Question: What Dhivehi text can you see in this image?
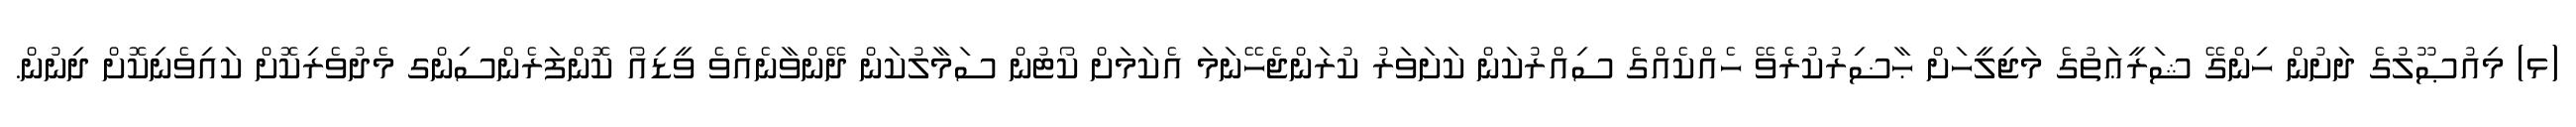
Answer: (ޅ) މިއުޞޫލުގެ ދަށުން ހިންގޭ ޝަރީޢަތުގެ މަޖިލީހަށް ޙާޟިރުކުރެވޭ ހެއްކެއްގެ ސިއްރުކަން ކަށަވަރު ކުރަންޖެހޭނަމަ އެކަމަށް ކޯޓުން ސަމާލުކަން ދޭންވާނެއެވެ ވީޑިއޯ ކޮންފަރެންސިންގ މެދުވެރިކޮށް ކައިވެނިކޮށް ދިނުން.